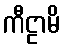
ကီဠာမိ